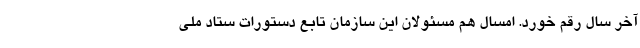
آخر سال رقم خورد. امسال هم مسئولان این سازمان تابع دستورات ستاد ملی